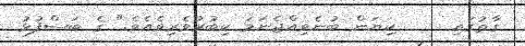
ގާތުގައި     ކިޔަން ބުނެވިއްޖެނަމަ ކިބުރުވެރިވެއެވެ." ގެ ބަސްފުޅު